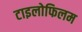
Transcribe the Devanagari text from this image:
टाइलोफिलम